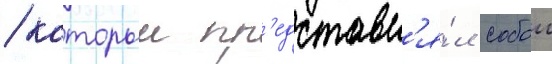
/ которыи пр'едставл'я́л собои